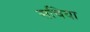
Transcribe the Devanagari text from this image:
सचिया